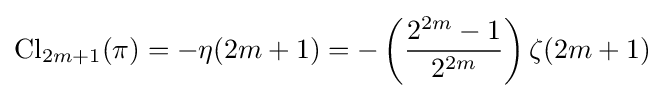
\operatorname {Cl} _{2m+1}(\pi )=-\eta (2m+1)=-\left({\frac {2^{2m}-1}{2^{2m}}}\right)\zeta (2m+1)